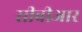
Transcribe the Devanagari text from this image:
सीबीआर